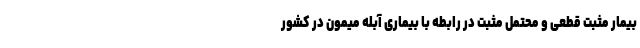
بیمار مثبت قطعی و محتمل مثبت در رابطه با بیماری آبله میمون در کشور